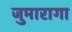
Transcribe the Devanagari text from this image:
जुमारागा